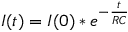
I ( t ) = I ( 0 ) * e ^ { - \frac { t } { R C } }